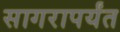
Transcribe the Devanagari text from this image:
सागरापर्यंत